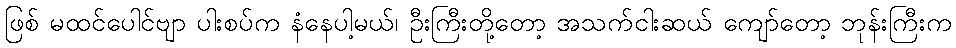
ဖြစ် မထင်ပေါင်ဗျာ ပါးစပ်က နံနေပါ့မယ်၊ ဦးကြီးတို့တော့ အသက်ငါးဆယ် ကျော်တော့ ဘုန်းကြီးက